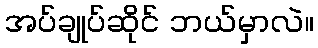
အပ်ချုပ်ဆိုင် ဘယ်မှာလဲ။